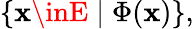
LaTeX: \{ \mathbf{x}\inE\mid\Phi(\mathbf{x})\} ,